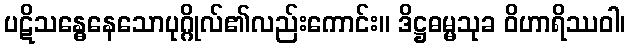
ပဋိသန္ဓေနေသောပုဂ္ဂိုလ်၏လည်းကောင်း။ ဒိဋ္ဌဓမ္မသုခ ဝိဟာရိဿဝါ၊